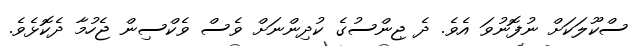
ސްކޫލަކަށް ނުފޮނުވަ އެވެ. ދެ ޖިންސުގެ ކުދިންނަށް ވެސް ވެކްސިން ޖެހުމާ ދެކޮޅެވެ.